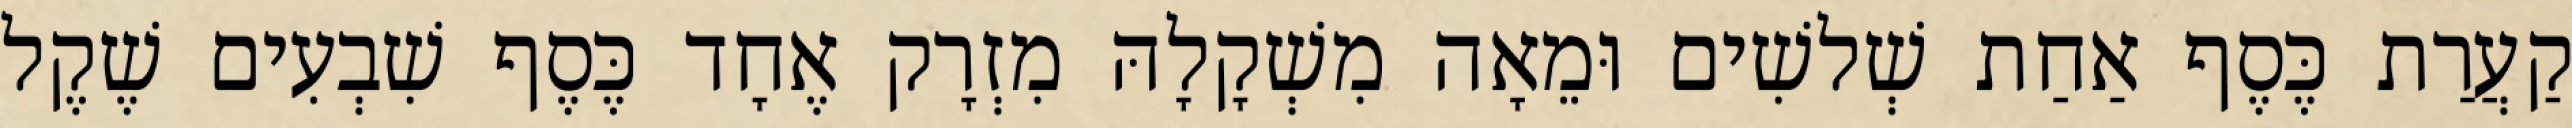
קַעֲרַת כֶּסֶף אַחַת שְׁלשִׁים וּמֵאָה מִשְׁקָלָהּ מִזְרָק אֶחָד כֶּסֶף שִׁבְעִים שֶׁקֶל